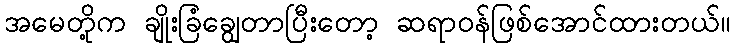
အမေတို့က ချိုးခြံချွေတာပြီးတော့ ဆရာဝန်ဖြစ်အောင်ထားတယ်။